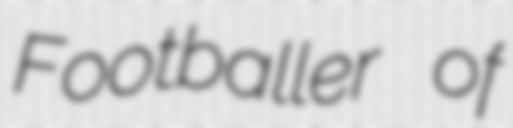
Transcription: Footballer of